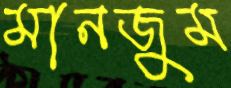
মানজুম